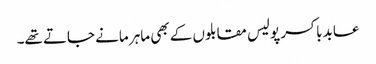
عابد باکسر پولیس مقابلوں کے بھی ماہر مانے جاتے تھے۔